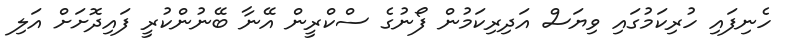
ހެނިފައި ހުރިކަމުގައި ވިޔަސް އަދިރިކަމުން ފޯނުގެ ސްކްރީން އޭނާ ބޭނުންކުރީ ފައިދޮށަށް އަލި